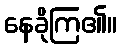
နေခိုကြ၏။